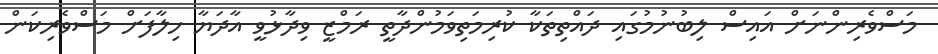
މަސްވެރިންނަށް އައިސް ލިބުނުމުގައި ދައްތިތަކާ ކުރިމަތިވަމުންދާތީ ރަމްޒީ ވިދާޅުވީ އާދަޔާ ހިލާފަށް މަސްވެރިކަން